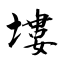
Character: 塿